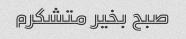
صبح بخیر متشکرم